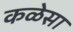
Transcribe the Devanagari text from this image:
कळेसा